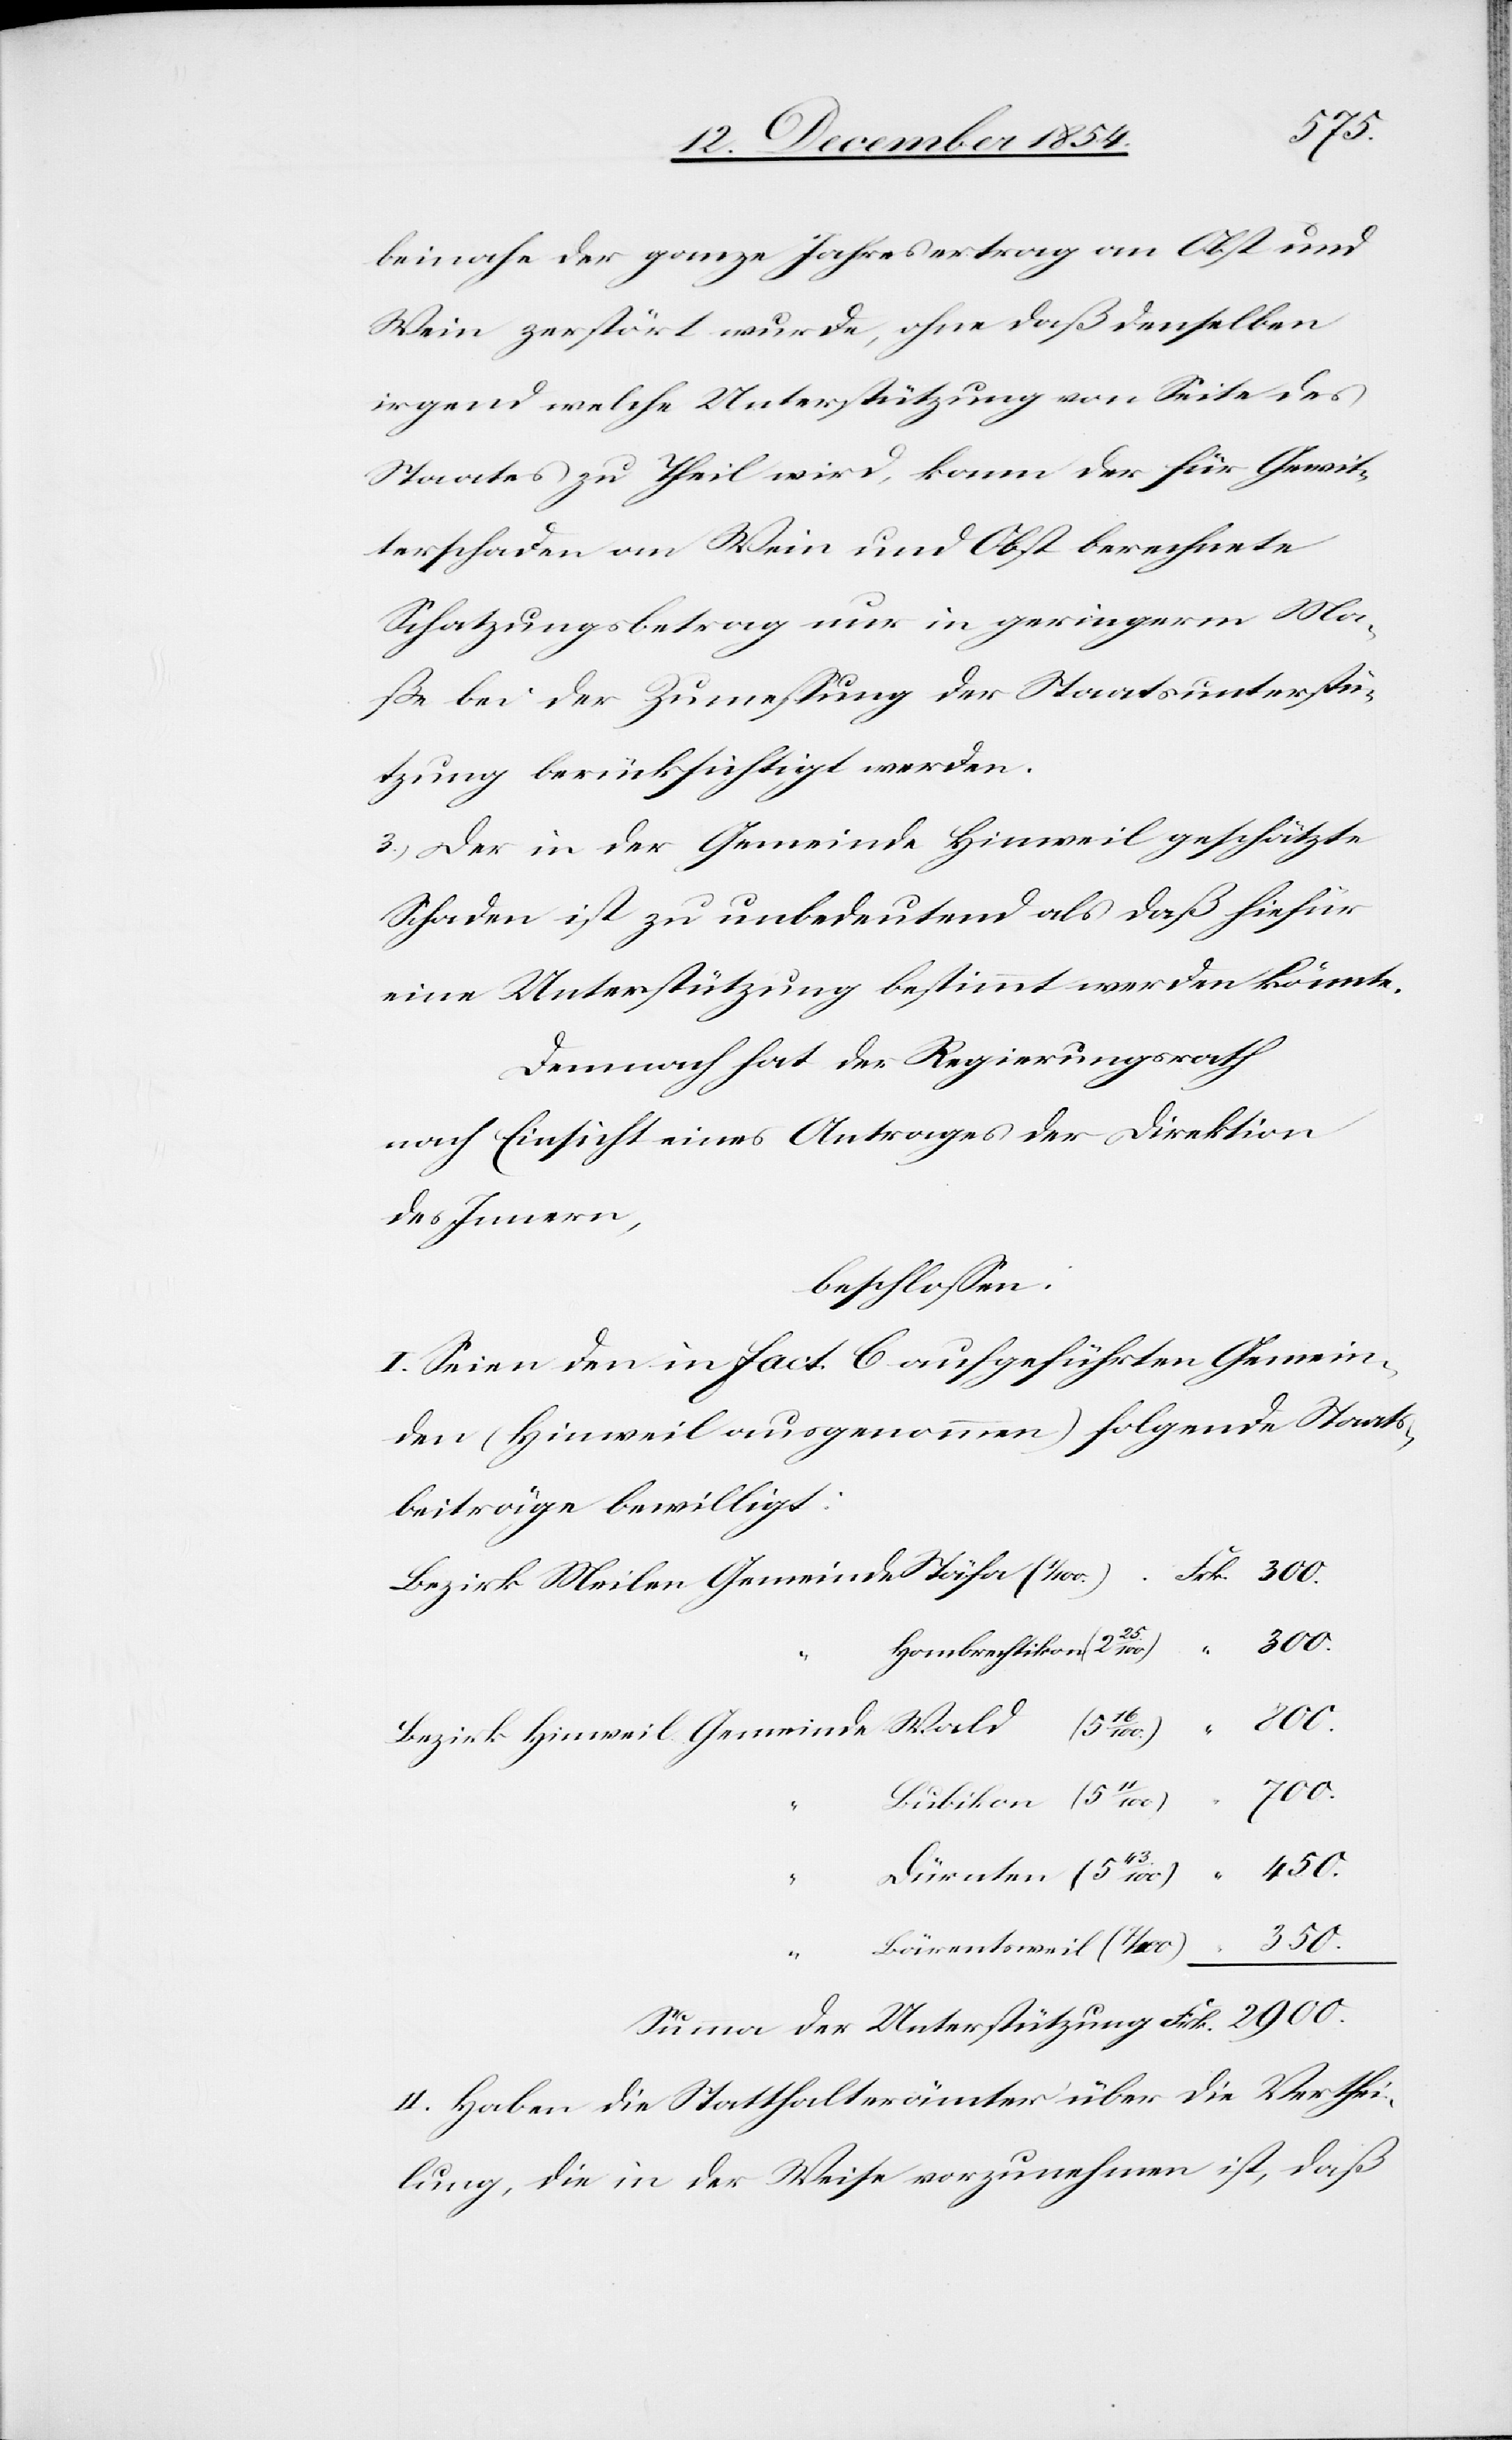
beinahe der ganze Jahresertrag an Obst und
Wein zerstört wurde, ohne daß denselben
irgend welche Unterstützung von Seite des
Staates zu Theil wird, kann der für Gewit¬
terschaden am Wein und Obst berechnete
Schatzungsbetrag nur in geringerm Ma¬
ße bei der Zumeßung der Staatsunterstü¬
tzung berücksichtigt werden.
3.) Der in der Gemeinde Hinweil geschätzte
Schaden ist zu unbedeutend als daß hiefür
eine Unterstützung bestimmt werden könnte.
Demnach hat der Regierungsrath
nach Einsicht eines Antrages der Direktion
des Innern,
beschloßen:
I. Seien den in fact. C aufgeführten Gemein¬
den (Hinweil ausgenommen) folgende Staats¬
beiträge bewilligt.
Hombrechtikon (2 25/100.)
2900.
Bubikon (5
450.
Frk.
Dürnten (5 43/100)
II. Haben die Statthalterämter über die Verthei¬
lung, die in der Wiese vorzunehmen ist, daß